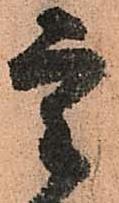
重